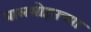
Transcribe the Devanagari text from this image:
बालमोहनच्या